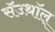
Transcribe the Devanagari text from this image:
सॅउथ़ॉल्